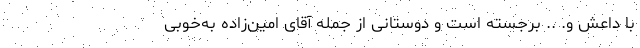
با داعش و. .. برجسته است و دوستانی از جمله آقای امین‌زاده به‌خوبی